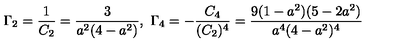
\Gamma _ { 2 } = \frac { 1 } { C _ { 2 } } = \frac { 3 } { a ^ { 2 } ( 4 - a ^ { 2 } ) } , \ \Gamma _ { 4 } = - \frac { C _ { 4 } } { ( C _ { 2 } ) ^ { 4 } } = \frac { 9 ( 1 - a ^ { 2 } ) ( 5 - 2 a ^ { 2 } ) } { a ^ { 4 } ( 4 - a ^ { 2 } ) ^ { 4 } }